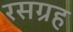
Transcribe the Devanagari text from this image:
रसग्रह